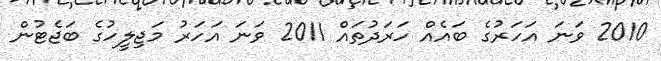
2010 ވަނަ އަހަރުގެ ބައެއް ހަރަދުތައް 2011 ވަނަ އަހަރު މަޖިލީހުގެ ބަޖެޓުން